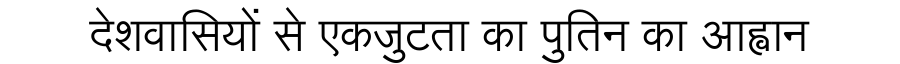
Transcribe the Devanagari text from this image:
देशवासियों से एकजुटता का पुतिन का आह्वान